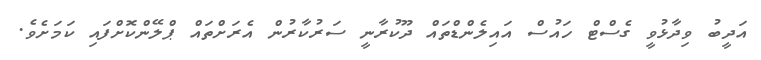
އަދީބު ވިދާޅުވީ ގެސްޓް ހައުސް އައިލެންޑްތައް ދޫކުރާނީ ސަރުކާރުން އެރަށްތައް ޕްލޭންކޮށްފައި ކަމަށެވެ.